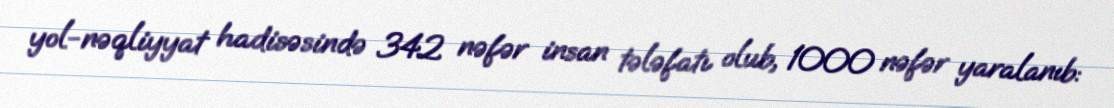
yol-nəqliyyat hadisəsində 342 nəfər insan tələfatı olub, 1000 nəfər yaralanıb: